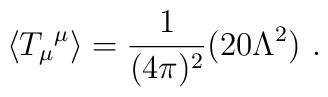
\langle{T_{\mu}}^{\mu}\rangle=\frac{1}{(4\pi)^{2}}(20\Lambda^{2})\ .